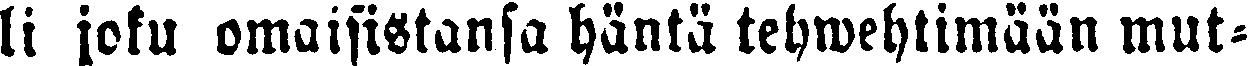
li joku omaisistansa häntä tehwehtimään mut-